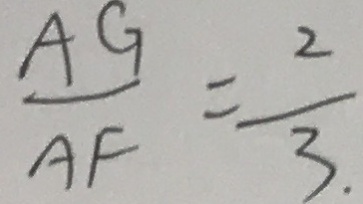
\frac { A G } { A F } = \frac { 2 } { 3 } .